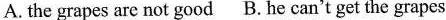
A. the grapes are not good B.He can't get the grapes